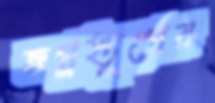
ভগ্নস্তূপের